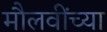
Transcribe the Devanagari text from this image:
मौलवींच्या